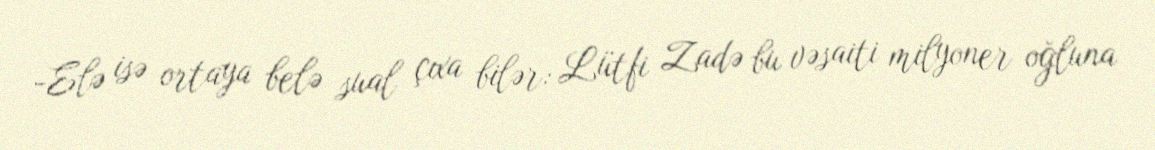
-Elə isə ortaya belə sual çıxa bilər: Lütfi Zadə bu vəsaiti milyoner oğluna